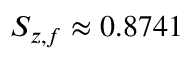
S _ { z , f } \approx 0 . 8 7 4 1